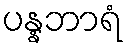
ပန္နဘာရံ